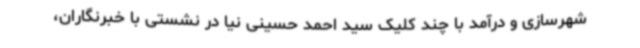
شهرسازی و درآمد با چند کلیک سید احمد حسینی نیا در نشستی با خبرنگاران،